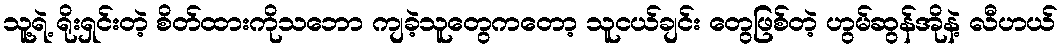
သူ့ရဲ့ ရိုးရှင်းတဲ့ စိတ်ထားကိုသဘော ကျခဲ့သူတွေကတော့ သူငယ်ချင်း တွေဖြစ်တဲ့ ဟွမ်ဆွန်အိုနဲ့ လီဟယ်